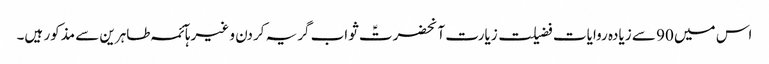
اس میں 90 سے زیادہ روایات فضیلت زیارت آنحضرتؑ ثواب گریہ کردن و غیرہآئمہ طاہرین سے مذکور ہیں۔